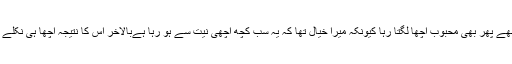
مجھے پھر بھی محبوب اچھا لگتا رہا کیونکہ میرا خیال تھا کہ یہ سب کچھ اچھی نیت سے ہو رہا ہےبالآخر اس کا نتیجہ اچھا ہی نکلے گا۔